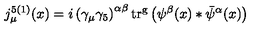
j _ { \mu } ^ { 5 ( 1 ) } ( x ) = i \left( \gamma _ { \mu } \gamma _ { 5 } \right) ^ { \alpha \beta } \mathrm { t r ^ { g } } \left( \psi ^ { \beta } ( x ) * \bar { \psi } ^ { \alpha } ( x ) \right)